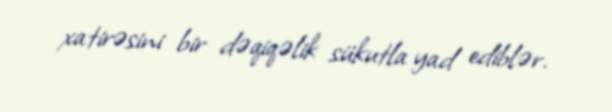
xatirəsini bir dəqiqəlik sükutla yad ediblər.